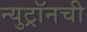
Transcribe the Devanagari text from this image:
न्युट्रॉनची